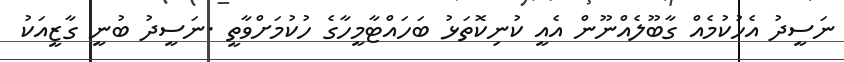
ނަސީދު އެހުކުމެއް ގާބޫލެއްނޫން އެއީ ކުނިކޮތަޅު ބަހައްޓާމީހާގެ ހުކުމަށްވާތީ .ނަސީދު ބުނީ ގާޒީއަކު